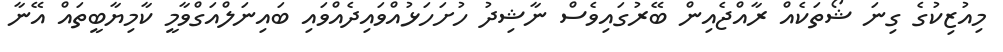
މިއުޒިކުގެ ގިނަ ޝޯތަކެއް ރާއްޖެއިން ބޭރުގައިވެސް ނާޝިދު ހުށަހަޅުއްވައިދެއްވައި ބައިނަލްއަގްވާމީ ކާމިޔާބީތައް އޭނާ